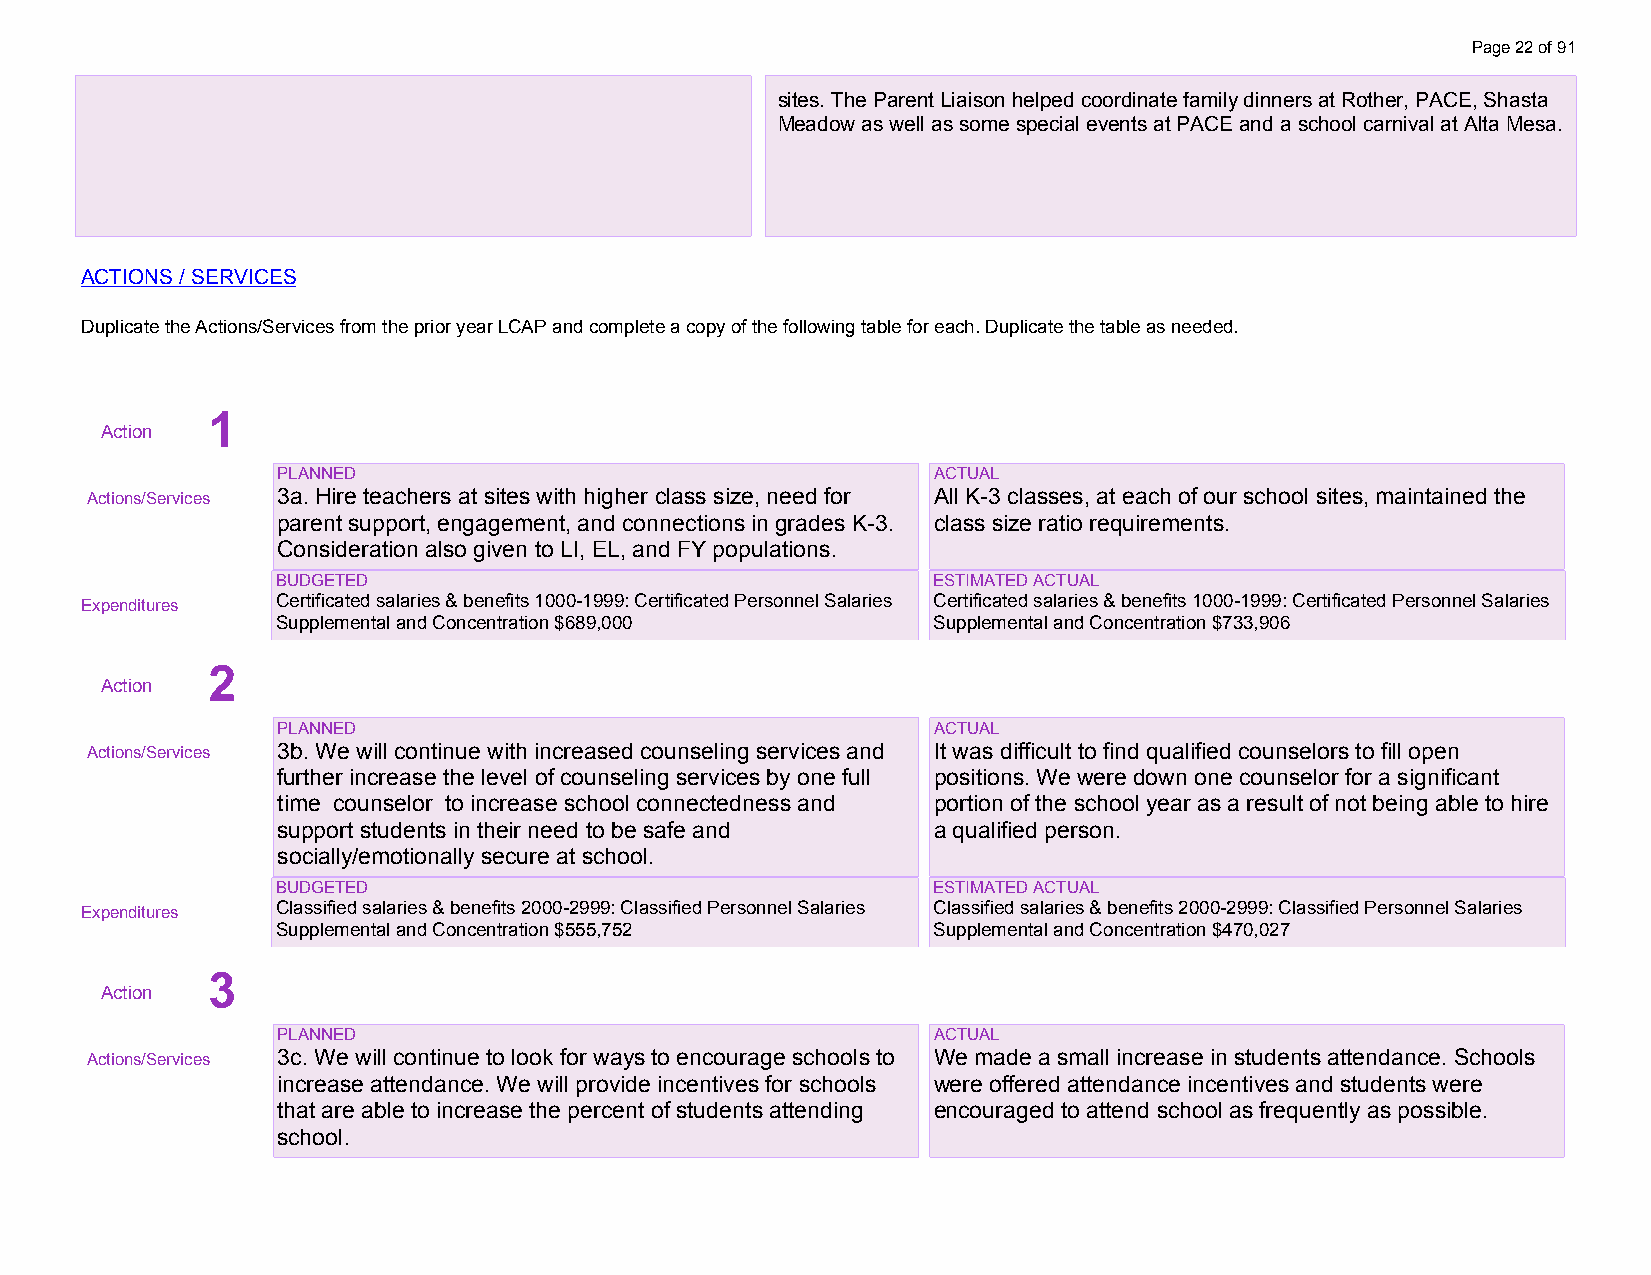
Page 22 of 91
 sites. The Parent Liaison helped coordinate family dinners at Rother, PACE, Shasta
 Meadow as well as some special events at PACE and a school carnival at Alta Mesa.
 ACTIONS / SERVICES
 Duplicate the Actions/Services from the prior year LCAP and complete a copy of the following table for each. Duplicate the table as needed.
 startcollapse
 1
 Action
 PLANNED                                     ACTUAL
 Actions/Services 3a. Hire teachers at sites with higher class size, need for All K-3 classes, at each of our school sites, maintained the
 parent support, engagement, and connections in grades K-3. class size ratio requirements.
 Consideration also given to LI, EL, and FY populations.
 BUDGETED                                    ESTIMATED ACTUAL
 Expenditures Certificated salaries & benefits 1000-1999: Certificated Personnel Salaries Certificated salaries & benefits 1000-1999: Certificated Personnel Salaries
 Supplemental and Concentration $689,000     Supplemental and Concentration $733,906
 2
 Action
 PLANNED                                     ACTUAL
 Actions/Services 3b. We will continue with increased counseling services and It was difficult to find qualified counselors to fill open
 further increase the level of counseling services by one full positions. We were down one counselor for a significant
 time counselor to increase school connectedness and portion of the school year as a result of not being able to hire
 support students in their need to be safe and a qualified person.
 socially/emotionally secure at school.
 BUDGETED                                    ESTIMATED ACTUAL
 Expenditures Classified salaries & benefits 2000-2999: Classified Personnel Salaries Classified salaries & benefits 2000-2999: Classified Personnel Salaries
 Supplemental and Concentration $555,752     Supplemental and Concentration $470,027
 3
 Action
 PLANNED                                     ACTUAL
 Actions/Services 3c. We will continue to look for ways to encourage schools to We made a small increase in students attendance. Schools
 increase attendance. We will provide incentives for schools were offered attendance incentives and students were
 that are able to increase the percent of students attending encouraged to attend school as frequently as possible.
 school.